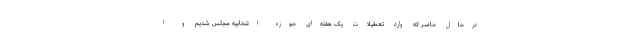
درحال حاضر که وارد تعطیلات یک هفته‌ای حوزه انتخابیه مجلس شدیم و ا